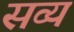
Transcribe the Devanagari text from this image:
सव्यं